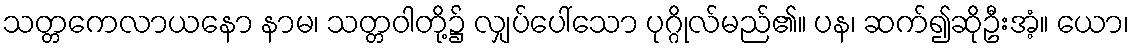
သတ္တကေလာယနော နာမ၊ သတ္တဝါတို့၌ လျှပ်ပေါ်သော ပုဂ္ဂိုလ်မည်၏။ ပန၊ ဆက်၍ဆိုဦးအံ့။ ယော၊